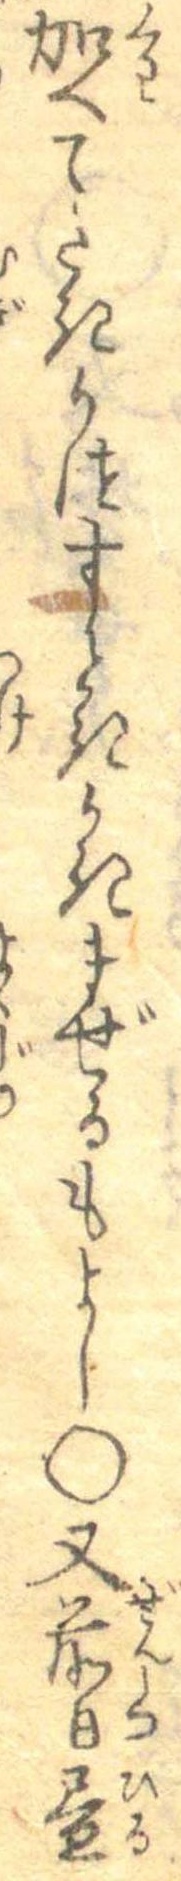
加へてたきうつすときかきまぜるもよし○又前日昼